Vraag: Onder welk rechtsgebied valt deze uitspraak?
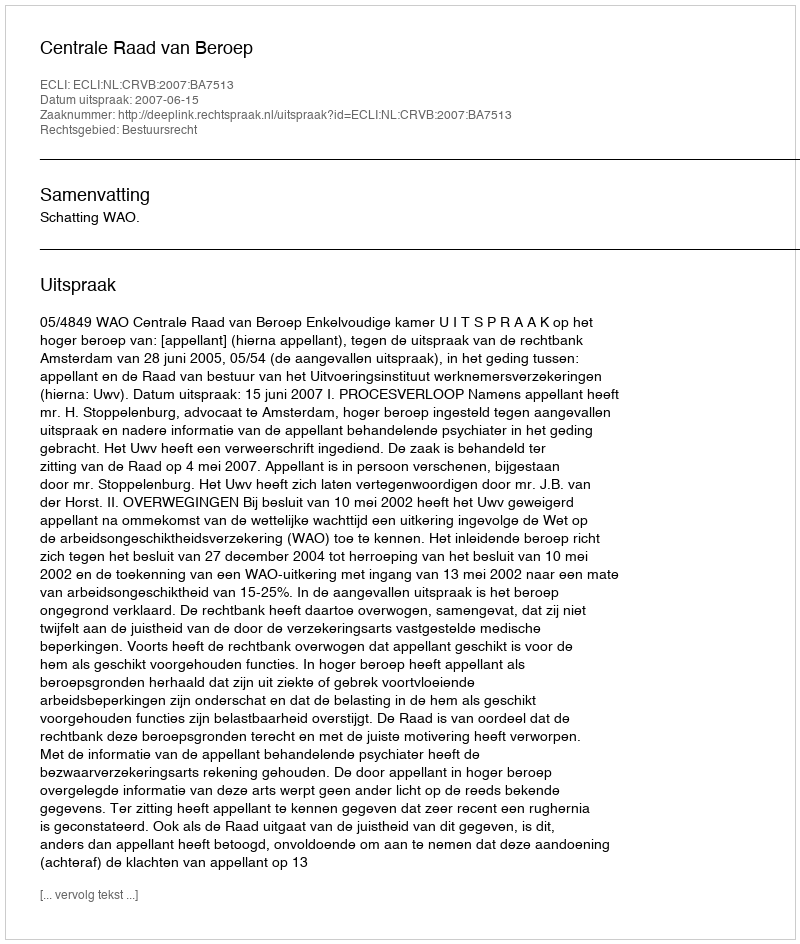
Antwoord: Bestuursrecht